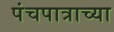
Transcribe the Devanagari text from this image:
पंचपात्राच्या